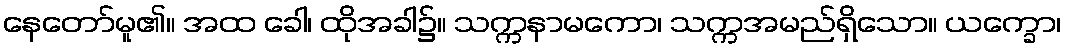
နေတော်မူ၏။ အထ ခေါ၊ ထိုအခါ၌။ သက္ကနာမကော၊ သက္ကအမည်ရှိသော။ ယက္ခော၊